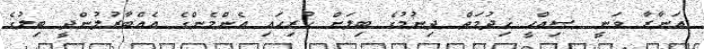
އަނާރާ ވަނީ ޞިއްޙީ ޚިދުމަތް ދިނުމުގެ ބިލަށް ހުރިހައި އެންމެންގެ އެއްބާރުލުންދީ ބިލުގެ